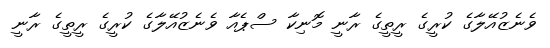
ވެނެޒުއޭލާގެ ކުރީގެ ރީތީގެ ރާނީ މޮނިކާ ސްޕެއާ ވެނެޒުއޭލާގެ ކުރީގެ ރީތީގެ ރާނީ